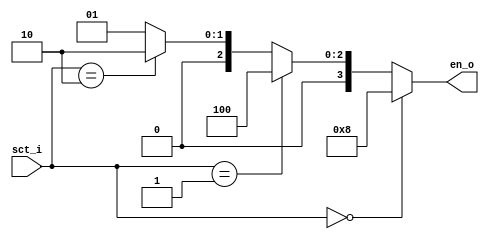
`timescale 1ns / 1ps
//////////////////////////////////////////////////////////////////////////////////
// Company: 
// Engineer: 
// 
// Design Name: 
// Module Name: decoder2_4
// Project Name: 
// Target Devices: 
// Tool Versions: 
// Description: 
// 
// Dependencies: 
// 
// Revision:
// Revision 0.01 - File Created
// Additional Comments:
// 
//////////////////////////////////////////////////////////////////////////////////


module decoder2_4(
    sct_i,
    en_o
    );
    input [1:0] sct_i;
    output [3:0] en_o;
    wire [3:0] y_int;
    
    assign y_int = (sct_i == 2'b00)? 4'b1000:
                   (sct_i == 2'b01)? 4'b0100:
                   (sct_i == 2'b10)? 4'b0010:
                   4'b0001;
    assign en_o = y_int;
    
endmodule